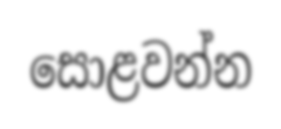
සොළවන්න